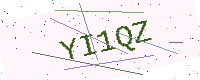
Text: YI1QZ